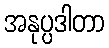
အနုပ္ပဒါတာ